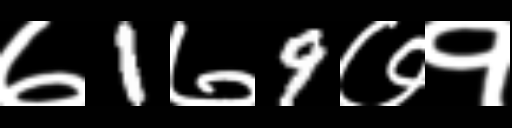
Text: ७1७9७१